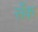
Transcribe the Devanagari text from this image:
सँक